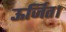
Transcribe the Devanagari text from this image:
ऊर्जित।